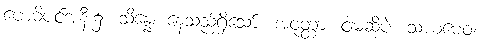
ဗောဓိပင်အနီး၌။ သိန္နေ၊ နေသည်ရှိသော်။ အဝုတ္ထာ၊ ငါမဆိုပဲ။ သယမေဝ၊